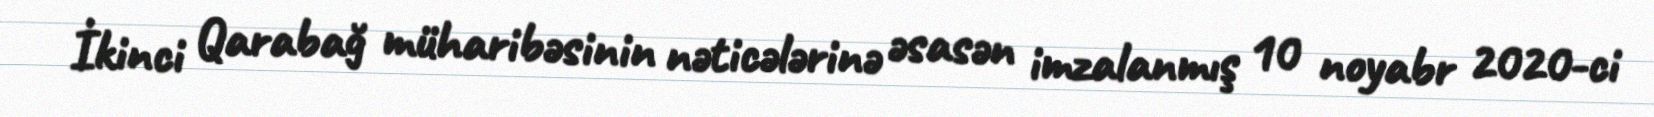
İkinci Qarabağ müharibəsinin nəticələrinə əsasən imzalanmış 10 noyabr 2020-ci